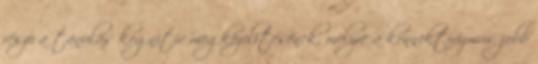
része a tanulás kognitív megközelítésének, melyre a konnektivizmus jobb